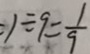
1 \div 9 = \frac { 1 } { 9 }